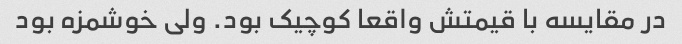
در مقایسه با قیمتش واقعا کوچیک بود. ولی خوشمزه بود